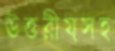
উত্তরীয়সহ